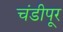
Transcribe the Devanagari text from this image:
चंडीपूर